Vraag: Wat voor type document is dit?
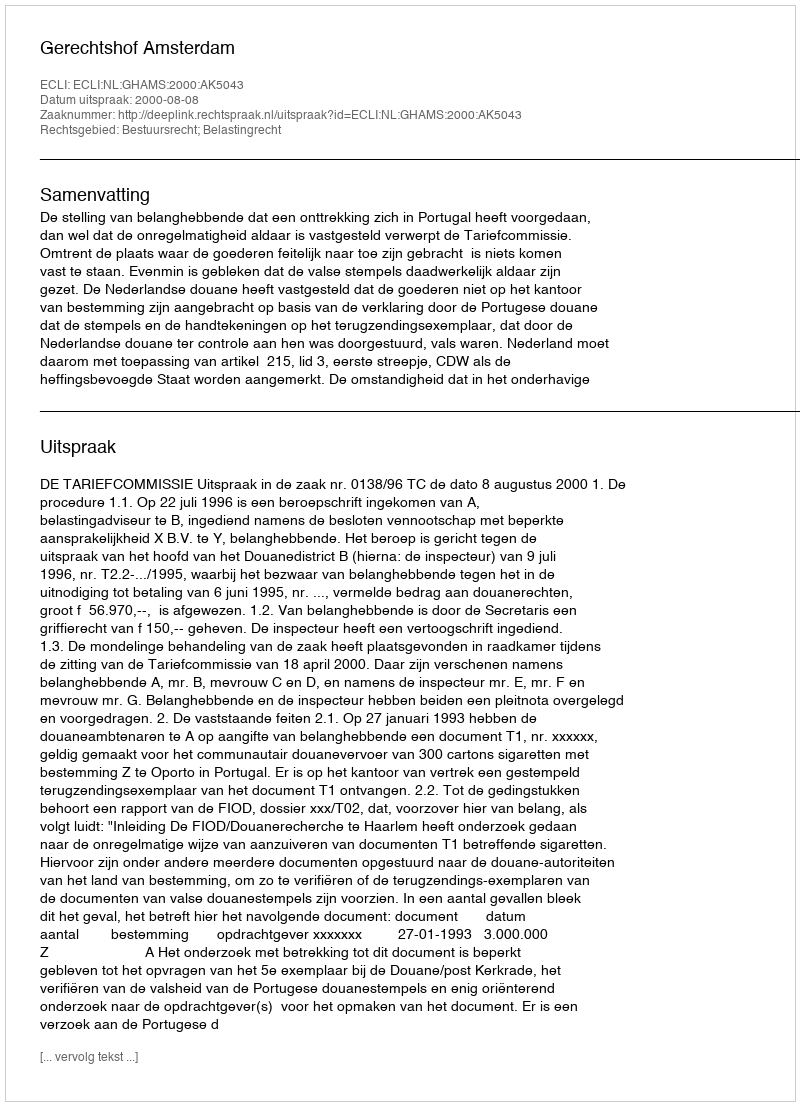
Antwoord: Uitspraak